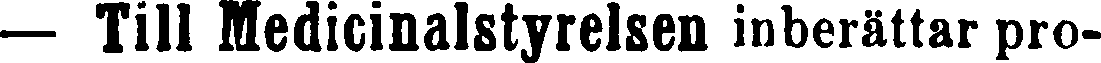
— Till Medicinalstyrelsen inberättar pro-